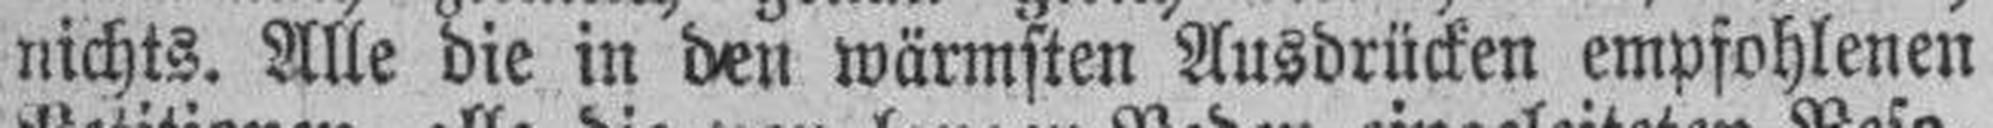
nichts. Alle die in den wärmsten Ausdrücken empfohlenen